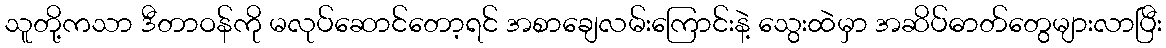
သူတို့ကသာ ဒီတာဝန်ကို မလုပ်ဆောင်တော့ရင် အစာချေလမ်းကြောင်းနဲ့ သွေးထဲမှာ အဆိပ်ဓာတ်တွေများလာပြီး